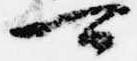
可